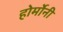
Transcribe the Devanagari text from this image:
होर्मोनी